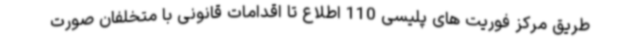
طریق مرکز فوریت های پلیسی 110 اطلاع تا اقدامات قانونی با متخلفان صورت